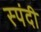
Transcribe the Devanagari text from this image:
स्पंदी